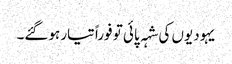
یہودیوں کی شہہ پائی تو فوراً تیار ہوگئے۔